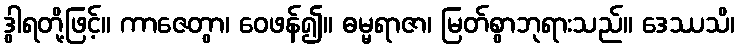
ဒွါရတို့ဖြင့်။ ကာဇေတွာ၊ ဝေဖန်၍။ ဓမ္မရာဇာ၊ မြတ်စွာဘုရားသည်။ ဒေဿသိ၊